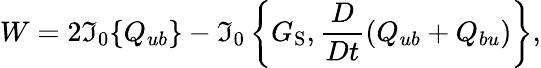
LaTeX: W=2\mathfrak{I}_{0}\{ {Q_{ub}}\} -\mathfrak{I}_{0}\left\{ {G_{\mathrm{{{S}}}},\frac{{D}}{{Dt}}(Q_{ub}+Q_{bu})}\right\} ,